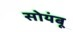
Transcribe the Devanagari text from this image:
सोयंबू